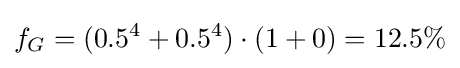
f_{G}=(0.5^{4}+0.5^{4})\cdot (1+0)=12.5\%